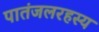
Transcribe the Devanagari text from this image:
पातंजलरहस्य